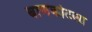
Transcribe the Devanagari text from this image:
बाणकोटला